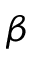
\beta